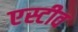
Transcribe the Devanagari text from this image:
एस्टीव